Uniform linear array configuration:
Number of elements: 32
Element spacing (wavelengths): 0.75
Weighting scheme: kaiser
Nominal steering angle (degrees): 0
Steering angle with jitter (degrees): -1.555
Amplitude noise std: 0.05
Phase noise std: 0.05

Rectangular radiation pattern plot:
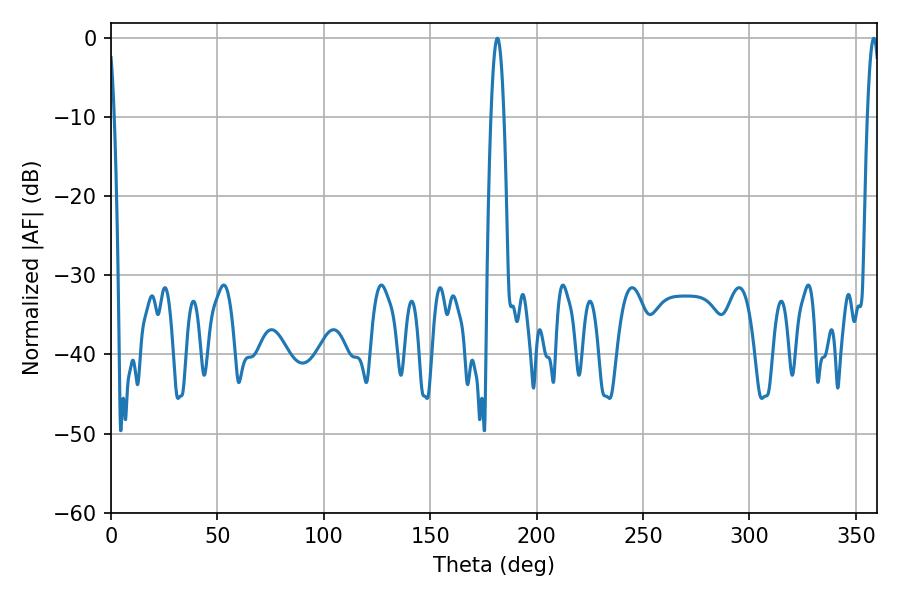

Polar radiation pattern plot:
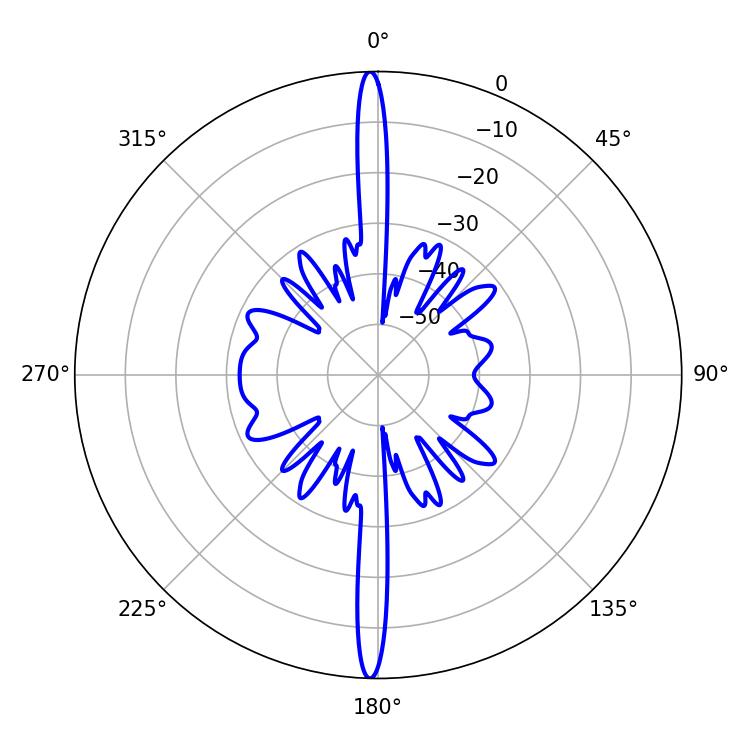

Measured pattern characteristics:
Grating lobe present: TRUE
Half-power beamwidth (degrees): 3.24
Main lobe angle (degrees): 181.62